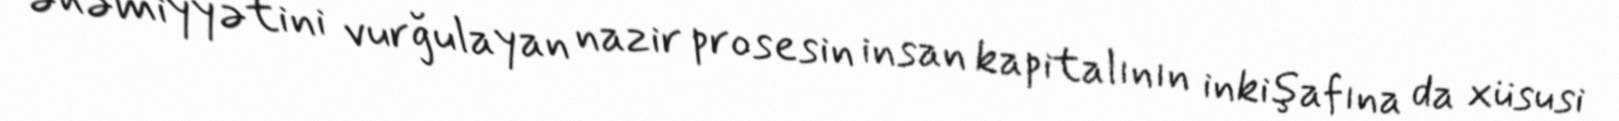
əhəmiyyətini vurğulayan nazir prosesin insan kapitalının inkişafına da xüsusi